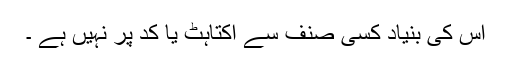
اس کی بنیاد کسی صنف سے اکتاہٹ یا کد پر نہیں ہے ۔